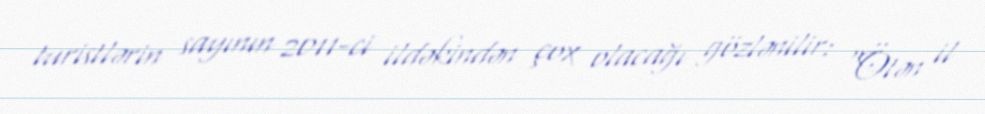
turistlərin sayının 2011-ci ildəkindən çox olacağı gözlənilir: “Ötən il